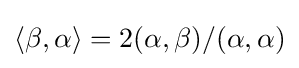
\langle \beta ,\alpha \rangle =2(\alpha ,\beta )/(\alpha ,\alpha )